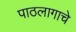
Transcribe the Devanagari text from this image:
पाठलागाचे